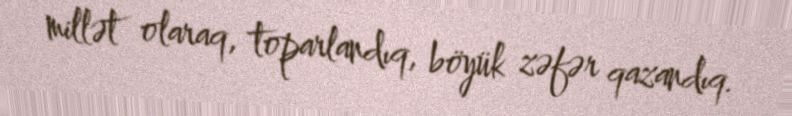
millət olaraq, toparlandıq, böyük zəfər qazandıq.